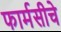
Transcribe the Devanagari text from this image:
फार्मसीचे